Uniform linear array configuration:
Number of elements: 32
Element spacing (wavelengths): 0.5
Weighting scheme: binomial
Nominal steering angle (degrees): -30
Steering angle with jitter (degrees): -30.864
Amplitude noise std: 0.05
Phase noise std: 0.05

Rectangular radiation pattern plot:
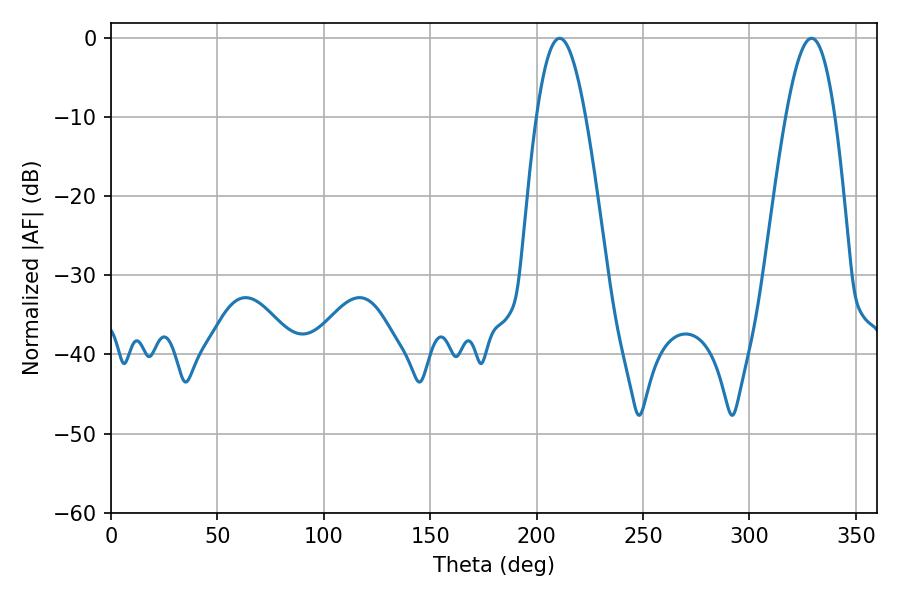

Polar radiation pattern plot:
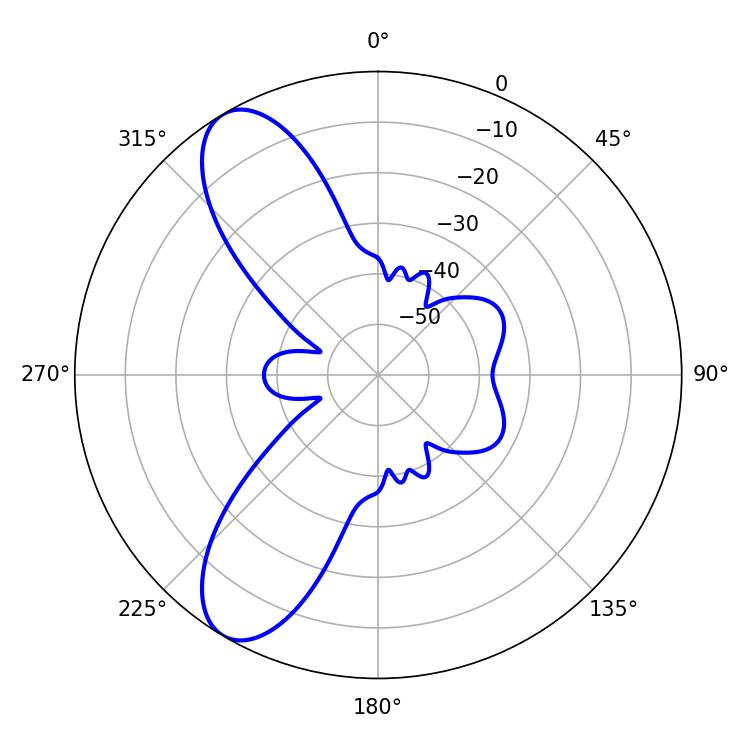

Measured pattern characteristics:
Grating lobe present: FALSE
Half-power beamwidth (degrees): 12.6
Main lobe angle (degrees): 210.78